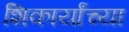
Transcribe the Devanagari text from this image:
शिकार्यांच्या